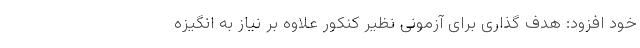
خود افزود: هدف گذاری برای آزمونی نظیر کنکور علاوه بر نیاز به انگیزه